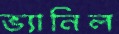
ভ্যানিল